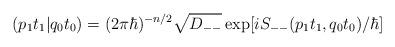
LaTeX: \begin{align*}(p_1t_1\vert q_0t_0) = (2\pi\hbar )^{-n/2} \sqrt{ D_{--}}\exp[i S_{--}(p_1t_1,q_0t_0)/\hbar ] \end{align*}